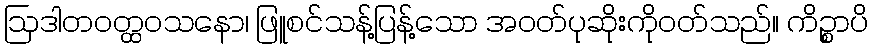
ဩဒါတဝတ္ထဝသနော၊ ဖြူစင်သန့်ပြန့်သော အဝတ်ပုဆိုးကိုဝတ်သည်။ ကိဉ္စာပိ